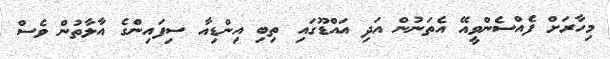
މިހާރަށް ފެއްސެންވީއޭ އެތަނުން އަދި އައްޑޫގައި ތިބި އިންޑިއާ ސިފައިންގެ އާލާތުން ވެސް